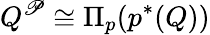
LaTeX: Q^{\mathscr{P}}\cong\Pi_{p}(p^{*}(Q))